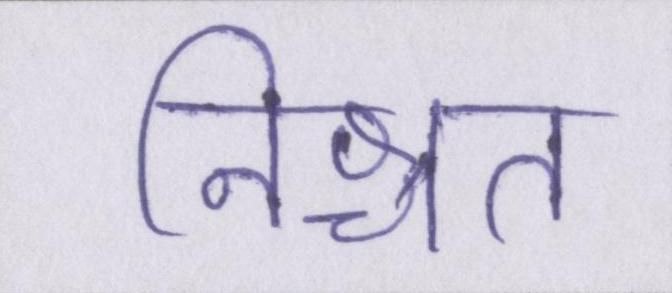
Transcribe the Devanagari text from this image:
निश्चत